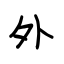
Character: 外